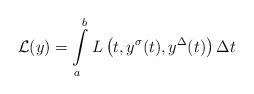
LaTeX: \begin{align*}\mathcal{L}(y)=\int\limits_{a}^{b}L\left(t,y^{\sigma}(t),y^{\Delta}(t)\right)\Delta t\end{align*}